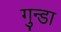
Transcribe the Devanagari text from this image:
गुन्डा